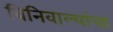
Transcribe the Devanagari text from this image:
बिनिवाल्यांचा